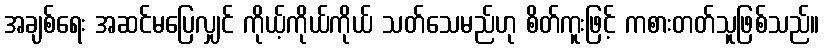
အချစ်ရေး အဆင်မပြေလျှင် ကိုယ့်ကိုယ်ကိုယ် သတ်သေမည်ဟု စိတ်ကူးဖြင့် ကစားတတ်သူဖြစ်သည်။